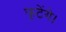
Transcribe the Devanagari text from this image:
फूटेंगे।